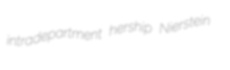
intradepartment hership Nierstein